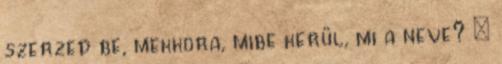
szerzed be, mekkora, mibe kerül, mi a neve? :